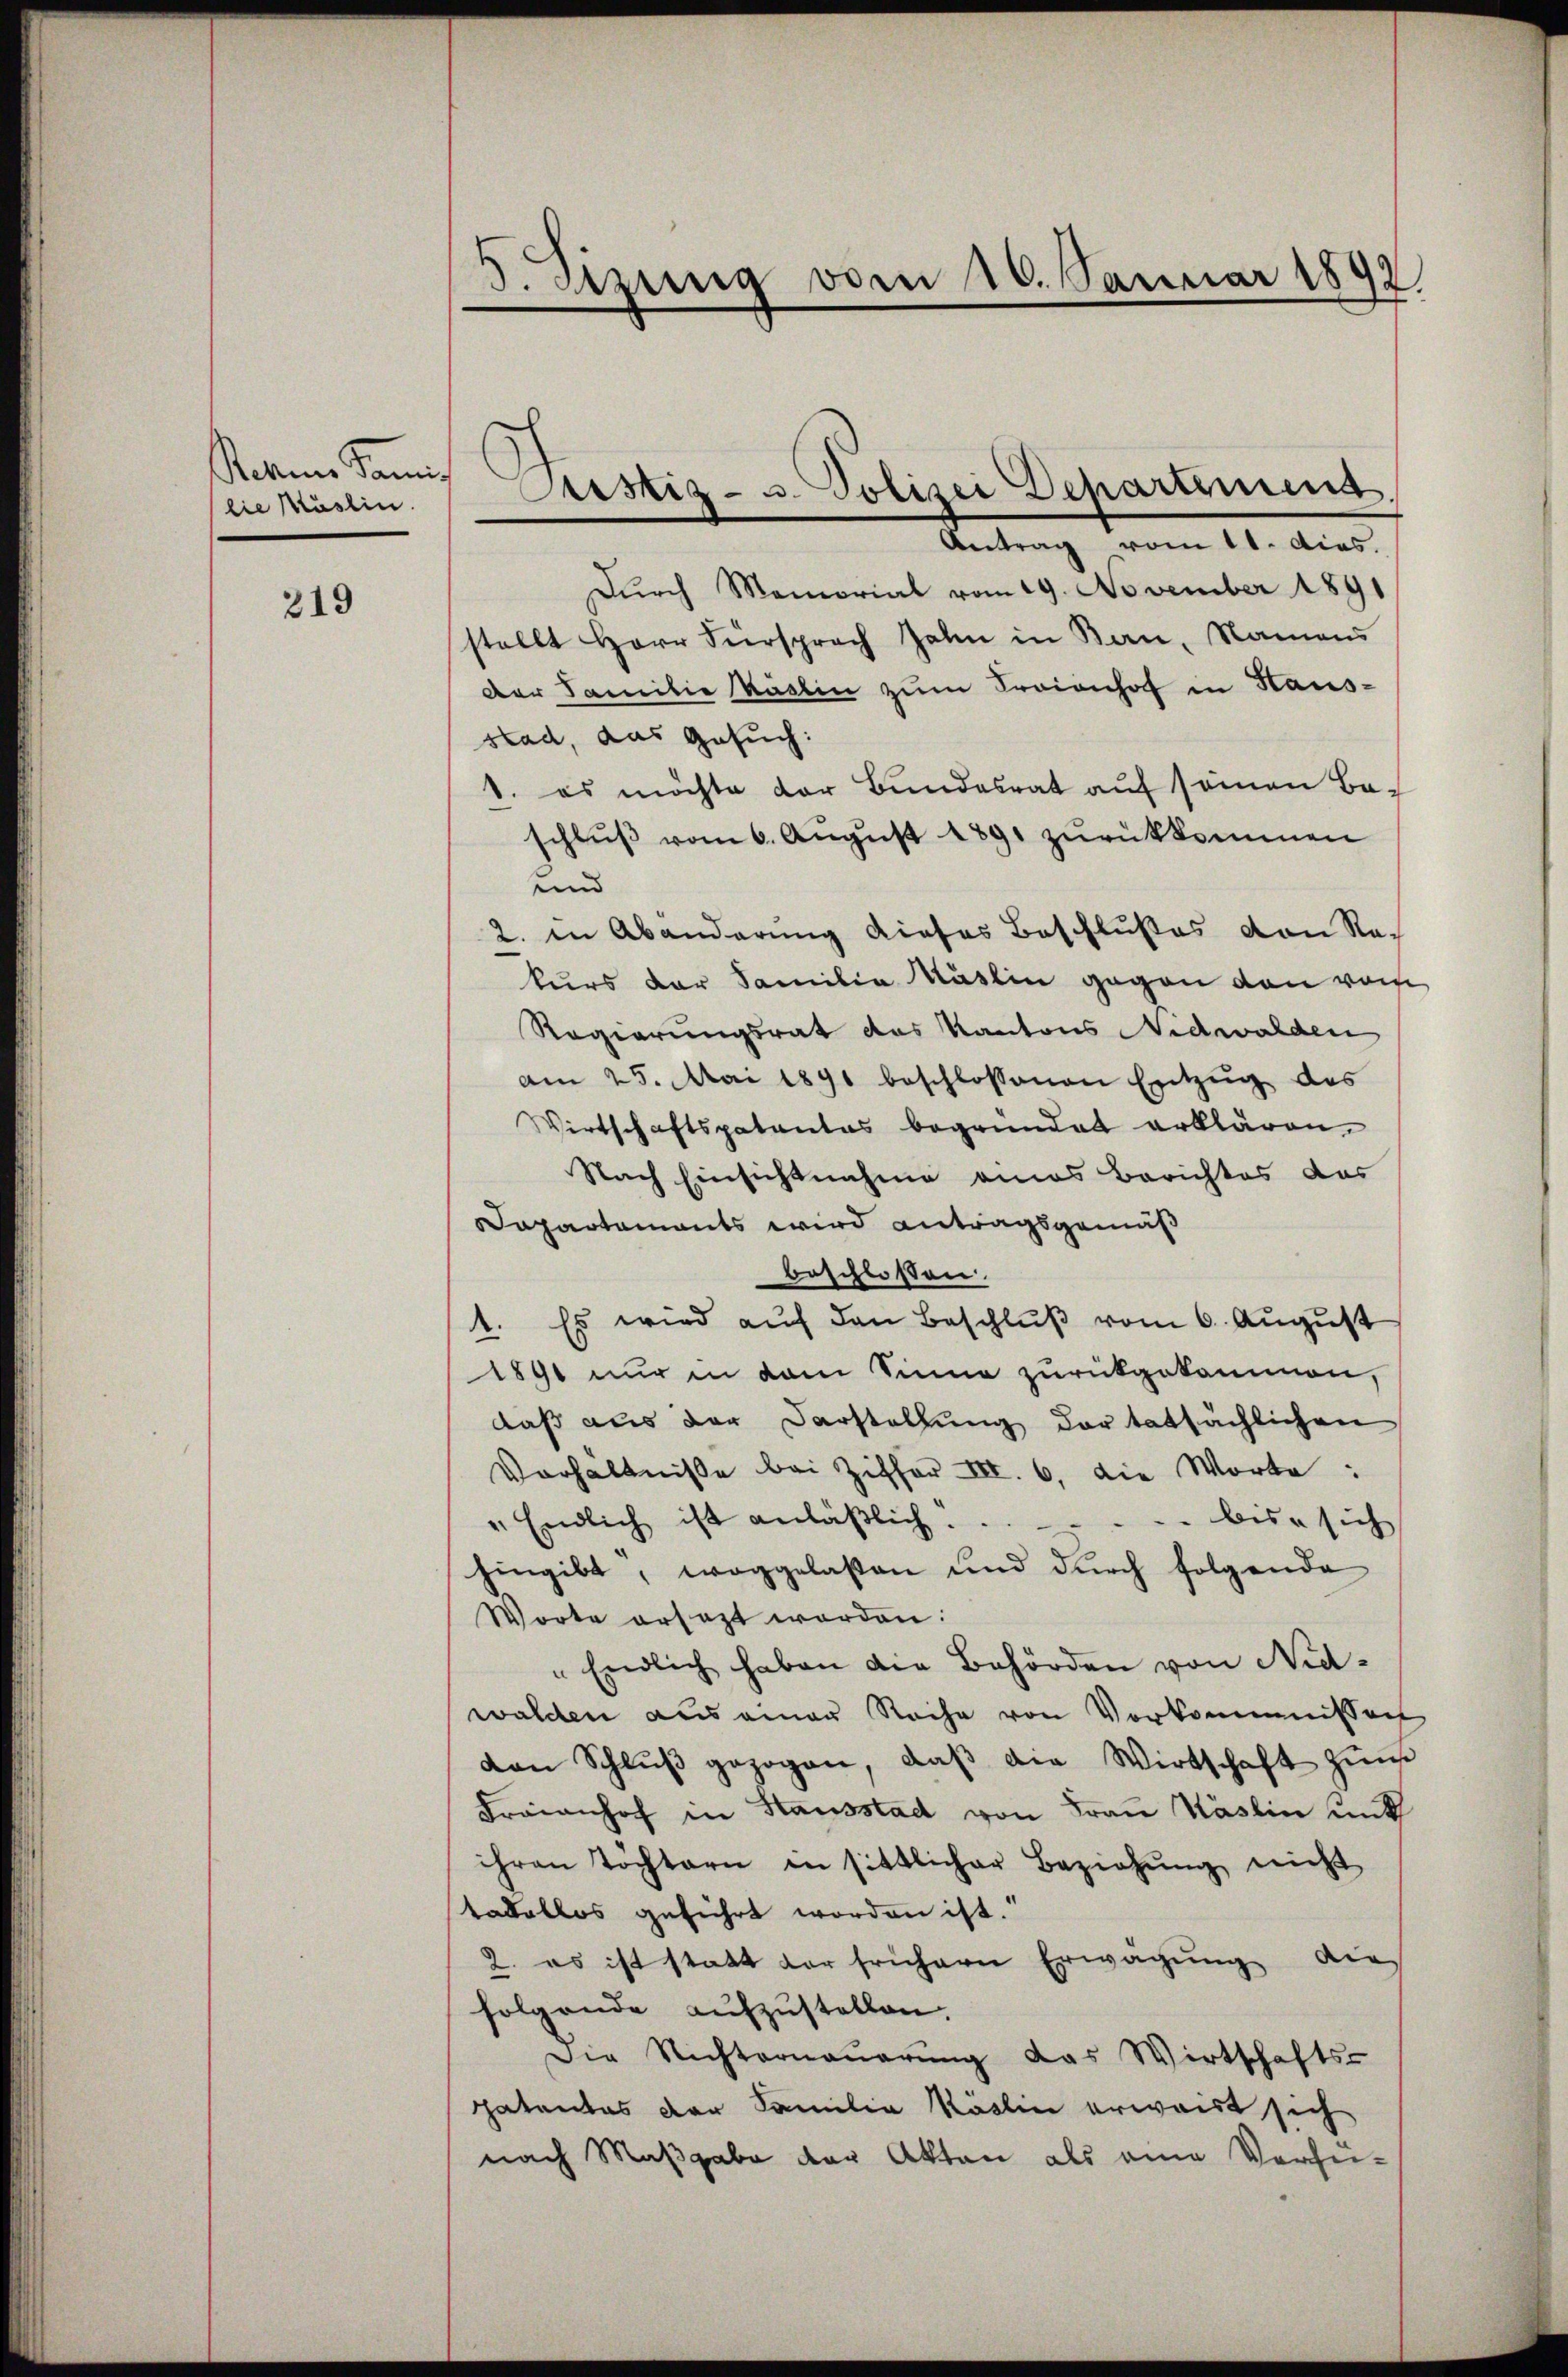
Stehene Sani
lie Musein.

219

5. Sizung vom 20. Januar 1892

Antrag vom 11. dies
Dŭrch Memorial vom 19. November 1891
stellt Herr Fürsprach Zahn in Bau, Namens
Der Familie Käslin zŭm Fraionhof in Hausstad, das Gesuch:
1. es möchte der Bundesrat auf seinen Be-
schlŭβ vom 6. Aŭgŭst 1891 zurükkommen
und
2. in Abänderung dieses Beschlußes von Rekurs der Familia Käslin gegen den vom
Regierungsrat des Kantons Nidwalden
am 25. Mai 1891 beschlossenen Entzŭg des
Wirtschaftspatentes begründet erklären.
Nach Einsichtnahme eines Berichtes das
Dapartaments wird antragsgemäß
beschlossen.
1. Es wird auf den Beschluß vom 6. August
1890 nur in dem Sinne zurückgekommen,
daß aus der Darstellung der tatsächlichen
Verhältnisse bei Ziffer III. 6. die Worte:
" Endlich ist anläβlich.
bise sich
hingibt, weggelaßen und durch folgende
Worte ersagt worden:
" Endlich haben die Behörden von Nidwalden aus einer Reihe von Vorkommnissen
von Schlŭβ gezogen, daβ die Wirtschaft zum
Fraienhof in Hausstad von Frau Käslin unt
ihren Töchtern in sittlicher Beziehŭng nicht
tadellos geführt worden ist.
2. es ist statt der frühern Erwägung die
folgende aufzustellen.
Die Nichterneuerung das Wirtschafts-
patentes der Familia Kaslin erwaist sich
nach Maßgabe der Akten als eine Verhin-

Cristiz- u. Polizei Departemens